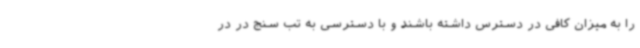
را به میزان کافی در دسترس داشته باشند و با دسترسی به تب سنج در در